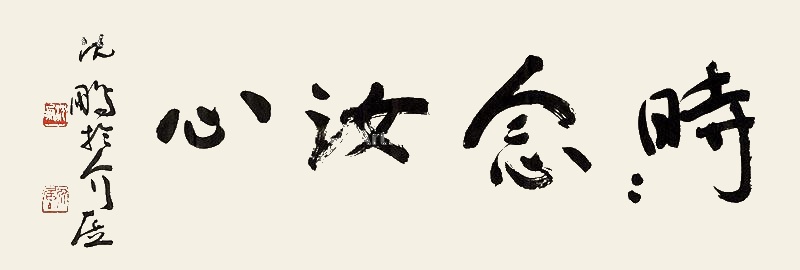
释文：时时念汝心沈鹏于介居